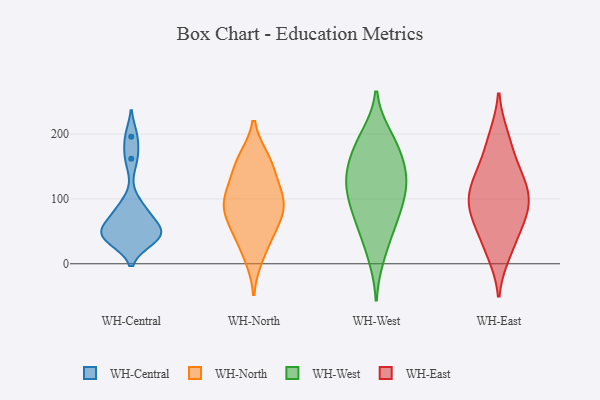
{"axis": {"x": "Temperature (°C)", "y": "Value"}, "legend": ["WH-Central", "WH-East", "WH-North", "WH-West"], "data": [{"x": "", "y": 162, "type": "WH-Central"}, {"x": "", "y": 38, "type": "WH-Central"}, {"x": "", "y": 58, "type": "WH-Central"}, {"x": "", "y": 83, "type": "WH-Central"}, {"x": "", "y": 37, "type": "WH-Central"}, {"x": "", "y": 45, "type": "WH-Central"}, {"x": "", "y": 196, "type": "WH-Central"}, {"x": "", "y": 52, "type": "WH-Central"}, {"x": "", "y": 47, "type": "WH-Central"}, {"x": "", "y": 86, "type": "WH-Central"}, {"x": "", "y": 12, "type": "WH-North"}, {"x": "", "y": 154, "type": "WH-North"}, {"x": "", "y": 106, "type": "WH-North"}, {"x": "", "y": 152, "type": "WH-North"}, {"x": "", "y": 109, "type": "WH-North"}, {"x": "", "y": 37, "type": "WH-North"}, {"x": "", "y": 102, "type": "WH-North"}, {"x": "", "y": 160, "type": "WH-North"}, {"x": "", "y": 85, "type": "WH-North"}, {"x": "", "y": 67, "type": "WH-North"}, {"x": "", "y": 87, "type": "WH-North"}, {"x": "", "y": 57, "type": "WH-North"}, {"x": "", "y": 67, "type": "WH-West"}, {"x": "", "y": 154, "type": "WH-West"}, {"x": "", "y": 12, "type": "WH-West"}, {"x": "", "y": 197, "type": "WH-West"}, {"x": "", "y": 146, "type": "WH-West"}, {"x": "", "y": 45, "type": "WH-West"}, {"x": "", "y": 133, "type": "WH-West"}, {"x": "", "y": 125, "type": "WH-West"}, {"x": "", "y": 109, "type": "WH-West"}, {"x": "", "y": 183, "type": "WH-West"}, {"x": "", "y": 78, "type": "WH-West"}, {"x": "", "y": 185, "type": "WH-West"}, {"x": "", "y": 88, "type": "WH-West"}, {"x": "", "y": 122, "type": "WH-West"}, {"x": "", "y": 134, "type": "WH-East"}, {"x": "", "y": 198, "type": "WH-East"}, {"x": "", "y": 118, "type": "WH-East"}, {"x": "", "y": 111, "type": "WH-East"}, {"x": "", "y": 14, "type": "WH-East"}, {"x": "", "y": 89, "type": "WH-East"}, {"x": "", "y": 81, "type": "WH-East"}, {"x": "", "y": 42, "type": "WH-East"}, {"x": "", "y": 162, "type": "WH-East"}, {"x": "", "y": 69, "type": "WH-East"}]}